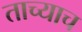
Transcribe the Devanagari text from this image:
ताच्याच